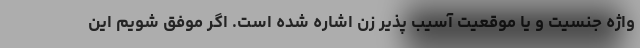
واژه جنسیت و یا موقعیت آسیب پذیر زن اشاره شده است. اگر موفق شویم این